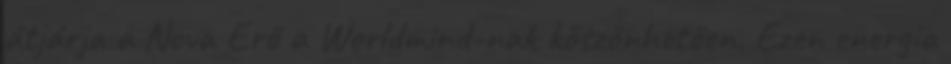
átjárja a Nova Erő a Worldmind-nak köszönhetően. Ezen energia